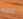
عليه